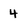
Character: 4